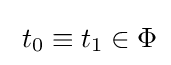
\;t_{0}\equiv t_{1}\in \Phi